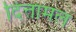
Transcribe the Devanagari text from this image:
दित्तामल